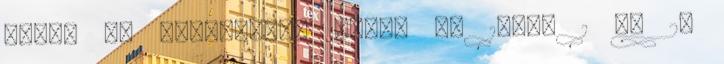
Miért jó warriornak lenni 44 15503 1 év 27